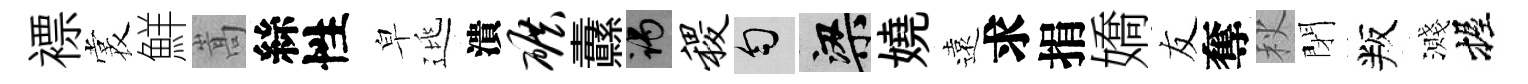
褾裳鮮嵩絲性皁逃潰碾纛谒稷匀梁嬈遠求捐嬌友奪秋閉叛濺握